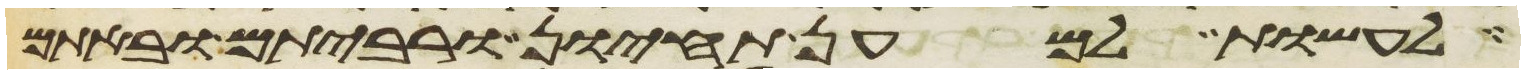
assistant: לעשות למען תחיון ורביתם ובאתם